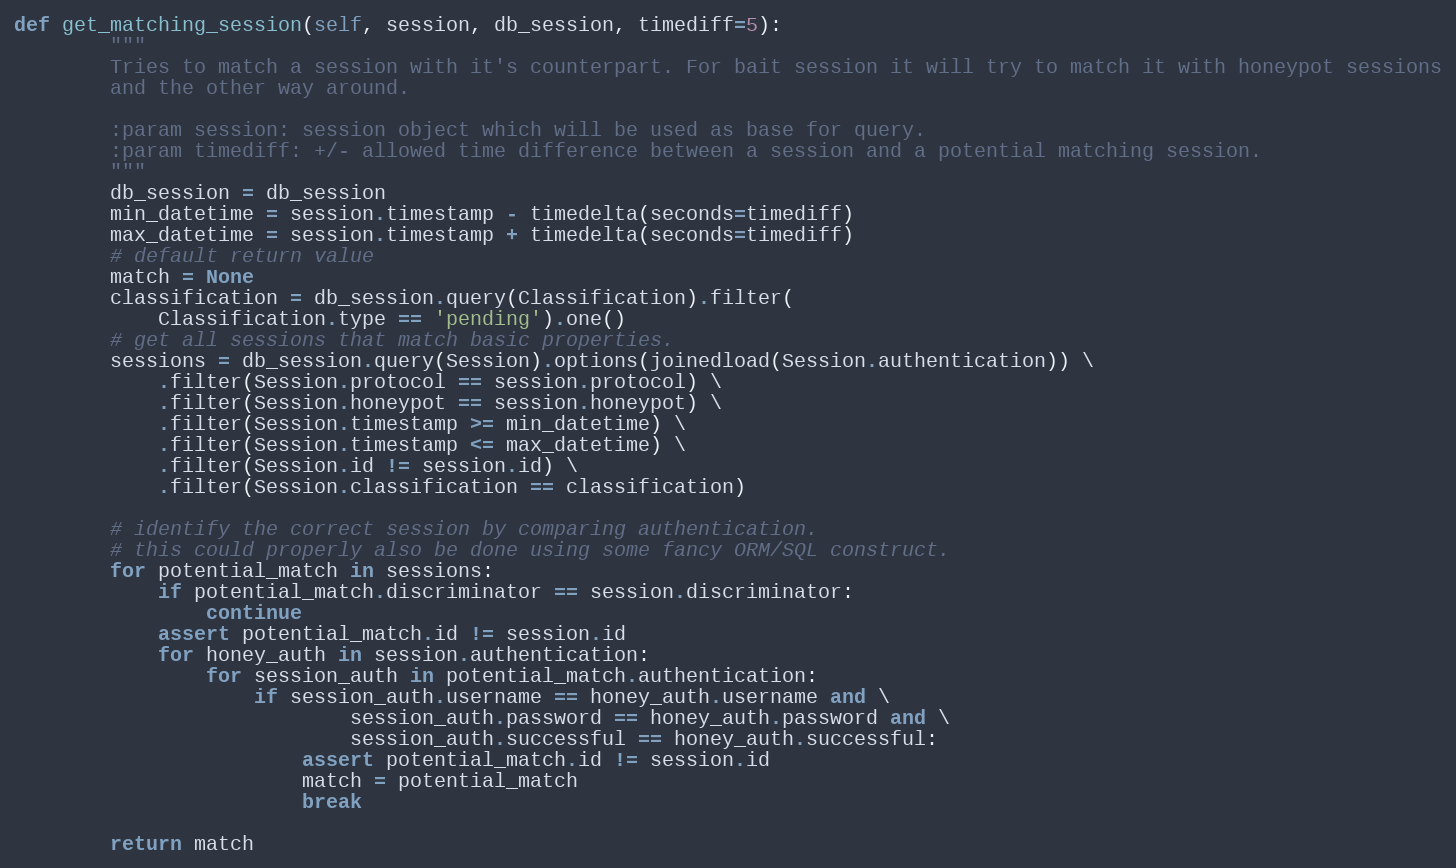
Language: Python
def get_matching_session(self, session, db_session, timediff=5):
        """
        Tries to match a session with it's counterpart. For bait session it will try to match it with honeypot sessions
        and the other way around.

        :param session: session object which will be used as base for query.
        :param timediff: +/- allowed time difference between a session and a potential matching session.
        """
        db_session = db_session
        min_datetime = session.timestamp - timedelta(seconds=timediff)
        max_datetime = session.timestamp + timedelta(seconds=timediff)
        # default return value
        match = None
        classification = db_session.query(Classification).filter(
            Classification.type == 'pending').one()
        # get all sessions that match basic properties.
        sessions = db_session.query(Session).options(joinedload(Session.authentication)) \
            .filter(Session.protocol == session.protocol) \
            .filter(Session.honeypot == session.honeypot) \
            .filter(Session.timestamp >= min_datetime) \
            .filter(Session.timestamp <= max_datetime) \
            .filter(Session.id != session.id) \
            .filter(Session.classification == classification)

        # identify the correct session by comparing authentication.
        # this could properly also be done using some fancy ORM/SQL construct.
        for potential_match in sessions:
            if potential_match.discriminator == session.discriminator:
                continue
            assert potential_match.id != session.id
            for honey_auth in session.authentication:
                for session_auth in potential_match.authentication:
                    if session_auth.username == honey_auth.username and \
                            session_auth.password == honey_auth.password and \
                            session_auth.successful == honey_auth.successful:
                        assert potential_match.id != session.id
                        match = potential_match
                        break

        return match